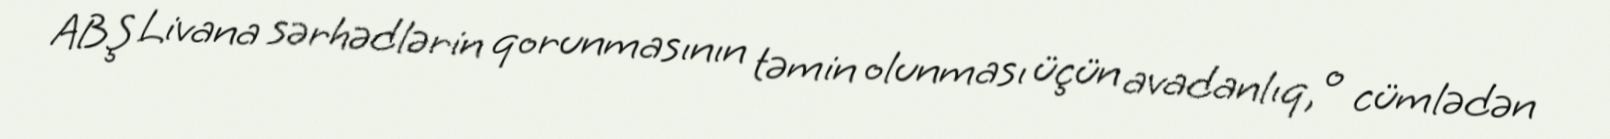
ABŞ Livana sərhədlərin qorunmasının təmin olunması üçün avadanlıq, o cümlədən